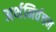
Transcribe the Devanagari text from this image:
अर्थनिर्वचन